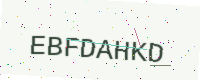
Text: EBFDAHKD